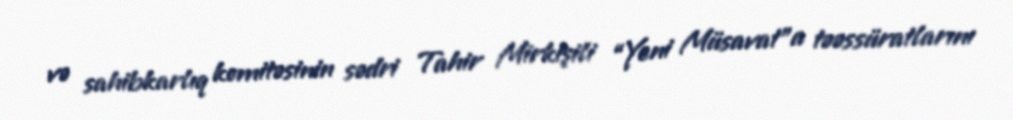
və sahibkarlıq komitəsinin sədri Tahir Mirkişili “Yeni Müsavat”a təəssüratlarını